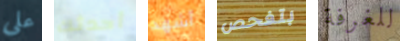
على أحدثك أشهد بتفحص للغرفة